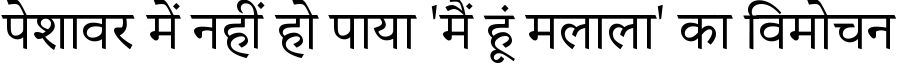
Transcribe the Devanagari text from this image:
पेशावर में नहीं हो पाया 'मैं हूं मलाला' का विमोचन